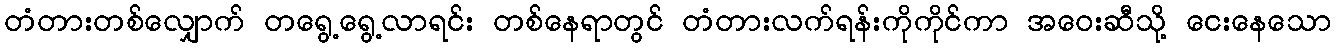
တံတားတစ်လျှောက် တရွေ့ရွေ့လာရင်း တစ်နေရာတွင် တံတားလက်ရန်းကိုကိုင်ကာ အဝေးဆီသို့ ငေးနေသော